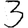
Digit: 3